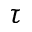
\tau